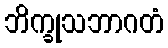
ဘိက္ခုသဘာဂတံ